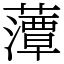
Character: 藫